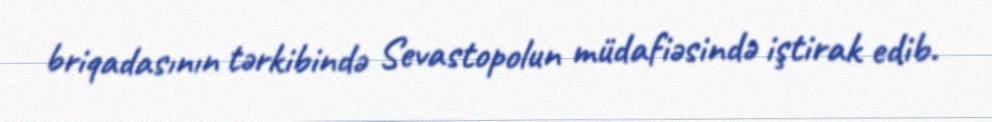
briqadasının tərkibində Sevastopolun müdafiəsində iştirak edib.